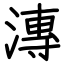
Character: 漙